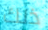
ذلك